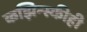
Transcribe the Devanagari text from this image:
कझिन्स्कीही